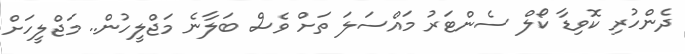
ދެންހުރި ކޮވިޑާ ކޯލް ސެންޓަރު މައްސަލަ ތަށް ވެސް ބަލާނެ މަޖްލީހުން.. މަޖްލީހަށްް